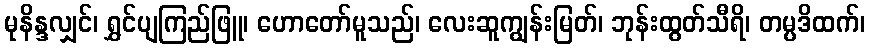
မုနိန္ဒလျှင်၊ ရွှင်ပျကြည်ဖြူ၊ ဟောတော်မူသည်၊ လေးဆူကျွန်းမြတ်၊ ဘုန်းထွတ်သီရိ၊ တမ္ပဒိထက်၊